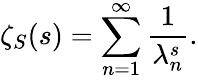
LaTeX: \zeta_{S}(s)=\sum_{n=1}^{\infty}{\frac{1}{\lambda_{n}^{s}}}.